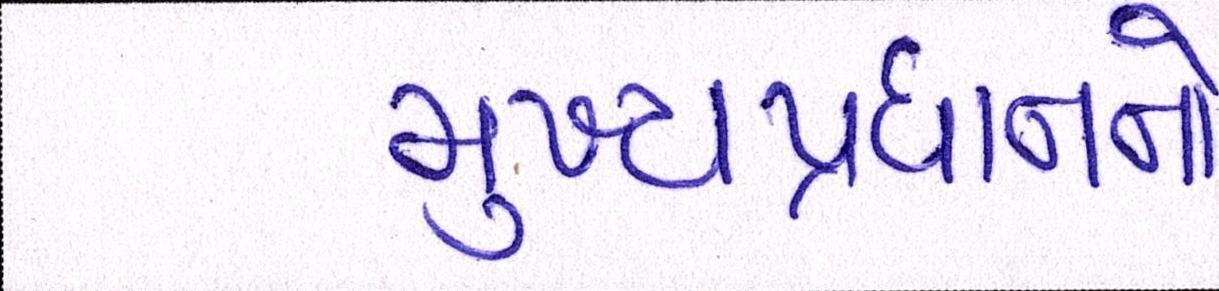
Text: મુખ્યપ્રધાનનો